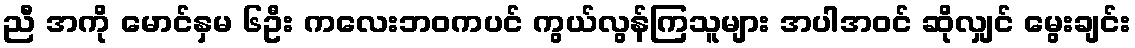
ညီ အကို မောင်နှမ ၆ဦး ကလေးဘဝကပင် ကွယ်လွန်ကြသူများ အပါအဝင် ဆိုလျှင် မွေးချင်း